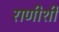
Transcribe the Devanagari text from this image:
राणीशी